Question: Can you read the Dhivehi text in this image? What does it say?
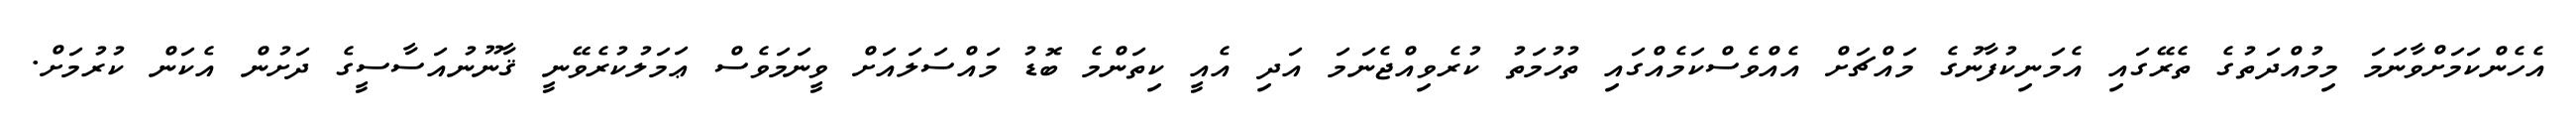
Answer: އެހެންކަމަށްވާނަމަ މިމުއްދަތުގެ ތެރޭގައި އެމަނިކުފާނުގެ މައްޗަށް އެއްވެސްކަމެއްގައި ތުހުމަތު ކުރެވިއްޖެނަމަ އަދި އެއީ ކިތަންމެ ބޮޑު މައްސަލައަށް ވީނަމަވެސް ޢަމަލުކުރެވޭނީ ޤާނޫނުއަސާސީގެ ދަށުން އެކަން ކުރުމަށް.